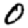
Digit: 0